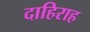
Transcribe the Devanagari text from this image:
दाहिराह